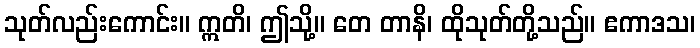
သုတ်လည်းကောင်း။ ဣတိ၊ ဤသို့။ တေ တာနိ၊ ထိုသုတ်တို့သည်။ ဧကာဒသ၊